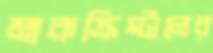
মাকক্রিস্টালের